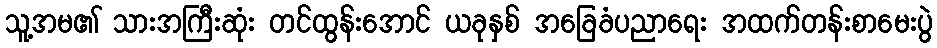
သူ့အမ၏ သားအကြီးဆုံး တင်ထွန်းအောင် ယခုနှစ် အခြေခံပညာရေး အထက်တန်းစာမေးပွဲ